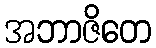
အဘာဇိတေ